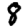
Digit: 8